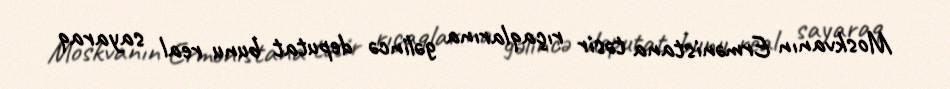
Moskvanın Ermənistana təsir rıçaqlarına gəlincə deputat bunu real sayaraq